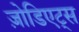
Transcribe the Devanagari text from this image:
ज़ोडिएट्स